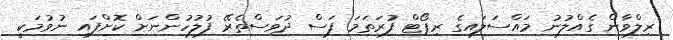
ރިލްވާން ގެއްލުނު މައްސަލައިގެ ރިޕޯޓް ފުރަތަމަ ފަސް ދުވަސްތެރޭ ފުލުހުންނަށް ކޮށްފައި ނުވުމަކީ